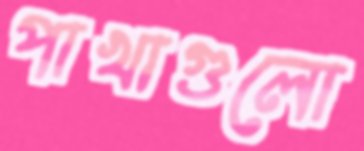
পাখাগুলো